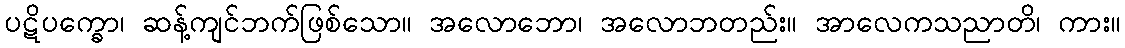
ပဋိပက္ခော၊ ဆန့်ကျင်ဘက်ဖြစ်သော။ အလောဘော၊ အလောဘတည်း။ အာလေကသညာတိ၊ ကား။